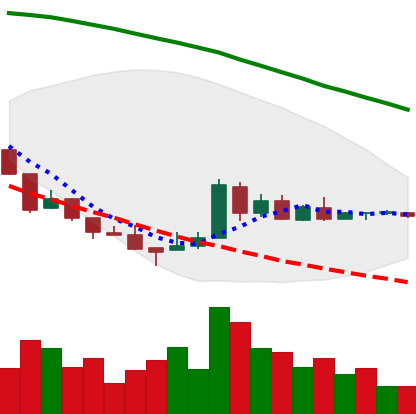
Ticker: XRP-USD
Chart end date: 2018-08-26
Forward return: 3.569%
Label: up_3_5